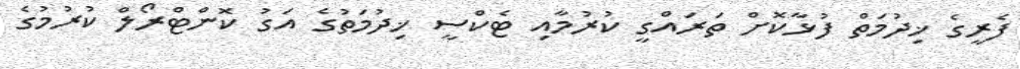
ފެރީގެ ޚިދުމަތް ފުޅާކޮށް ތަރައްގީ ކުރުމާއި ޓެކްސީ ޚިދުމަތުގެ އަގު ކޮންޓްރޯލް ކުރުމުގެ